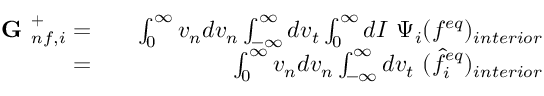
\begin{array} { r l r } { \textbf { G } _ { n f , i } ^ { + } = } & { } & { \int _ { 0 } ^ { \infty } v _ { n } d v _ { n } \int _ { - \infty } ^ { \infty } d v _ { t } \int _ { 0 } ^ { \infty } d I \ \Psi _ { i } ( f ^ { e q } ) _ { i n t e r i o r } } \\ { = } & { } & { \int _ { 0 } ^ { \infty } v _ { n } d v _ { n } \int _ { - \infty } ^ { \infty } d v _ { t } \ ( \hat { f } _ { i } ^ { e q } ) _ { i n t e r i o r } } \end{array}